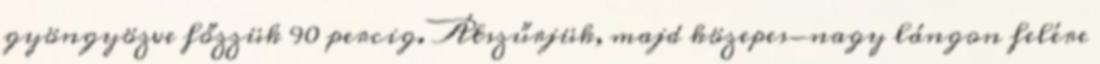
gyöngyözve főzzük 90 percig. Átszűrjük, majd közepes-nagy lángon felére